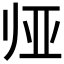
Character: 𱍰